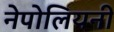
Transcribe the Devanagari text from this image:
नेपोलियनी